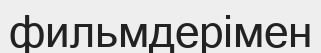
фильмдерімен